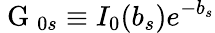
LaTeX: \mathrm{~G~}_{0s}\equiv I_{0}(b_{s})e^{-b_{s}}